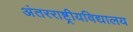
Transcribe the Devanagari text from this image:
अंतरराष्ट्रीयविद्यालय